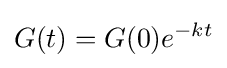
G(t)=G(0)e^{-kt}